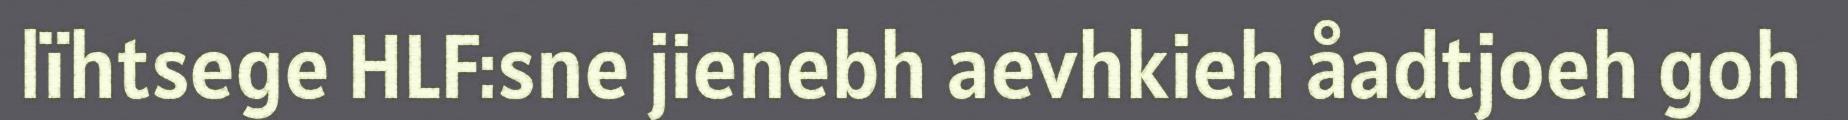
lïhtsege HLF:sne jienebh aevhkieh åadtjoeh goh